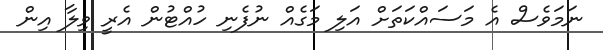
ނަމަވެސް އެ މަސައްކަތަށް އަލި މަގެއް ނުފެނި ހުއްޓުން އެރީ ވިލާ އިން